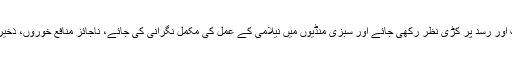
چیف سیکرٹری کا مزید کہنا تھاکہ قیمتوں میں استحکام کیلئے طلب اور رسد پر کڑی نظر رکھی جائے اور سبزی منڈیوں میں نیلامی کے عمل کی مکمل نگرانی کی جائے، ناجائز منافع خوروں، ذخیرہ اندوزوں کیخلاف بلا تفریق سخت کارروائی عمل میں لائی جائے